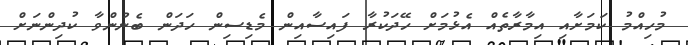
މުހިއްމު ކަމަށާއި އިމާރާތެއް އެޅުމަށް ހޭދަކުރާ ފައިސާއިން މެޑިސިން ހަދަން ބެނުންވާ ކުދިންނަށް